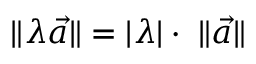
\| \lambda { \vec { a } } \| = | \lambda | \cdot \ \| { \vec { a } } \|